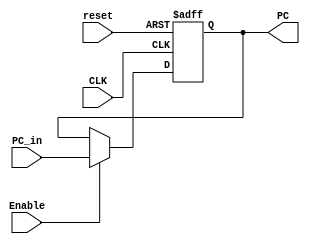
module ProgramCounter
(
    input   wire            CLK,
    input   wire            reset,
    input   wire            Enable,
    input   wire   [31:0]   PC_in,
    output  reg    [31:0]   PC
);

always @(posedge CLK , negedge reset)
    begin
        if (~reset)
            begin
                PC <= 32'b0;
            end
        else
            begin
                if (Enable) begin
                    PC <= PC_in;    
                end else begin
                    PC <= PC;       //if not enable, keep the old value
                end
                
            end
    end
endmodule